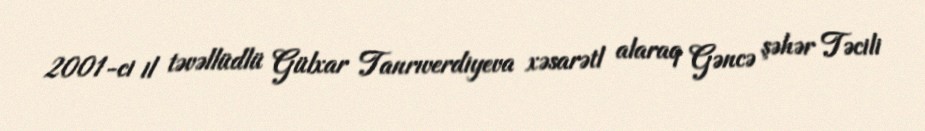
2001-ci il təvəllüdlü Gülxar Tanrıverdiyeva xəsarətl alaraq Gəncə şəhər Təcili